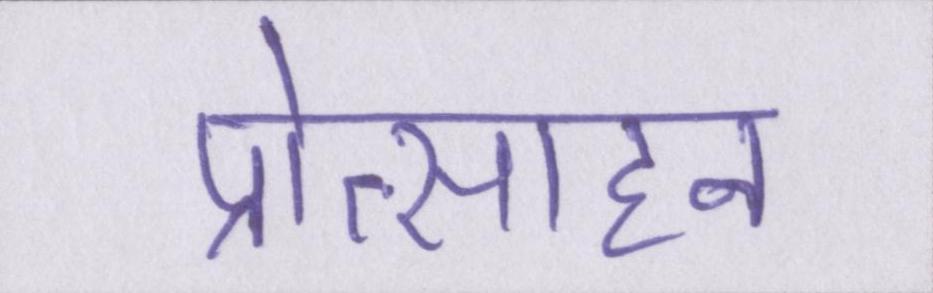
प्रोत्साहन